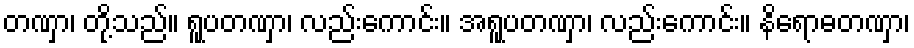
တဏှာ၊ တို့သည်။ ရူပတဏှာ၊ လည်းကောင်း။ အရူပတဏှာ၊ လည်းကောင်း။ နိရောဓတဏှာ၊